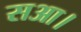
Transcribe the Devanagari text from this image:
सआ।